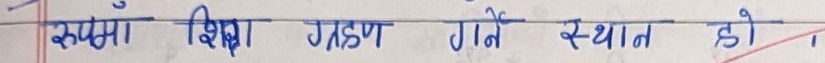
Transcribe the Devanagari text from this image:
संस्था शिक्षा ग्रहण करने स्थान हो